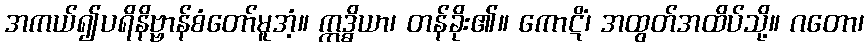
အကယ်၍ပရိနိဗ္ဗာန်စံတော်မူအံ့။ ဣဒ္ဓိယာ၊ တန်ခိုး၏။ ကောဋိံ၊ အထွတ်အထိပ်သို့။ ဂတော၊